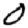
Digit: 0